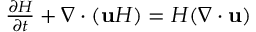
\begin{array} { r } { \frac { \partial H } { \partial t } + \nabla \cdot ( \mathbf { u } H ) = H ( \nabla \cdot \mathbf { u } ) } \end{array}